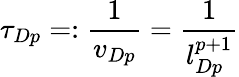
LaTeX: \tau_{Dp}=:\frac{1}{v_{Dp}}=\frac{1}{l_{Dp}^{p+1}}